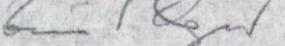
Broder,